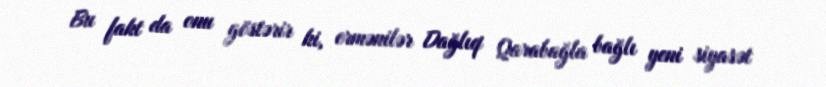
Bu fakt da onu göstərir ki, ermənilər Dağlıq Qarabağla bağlı yeni siyasət